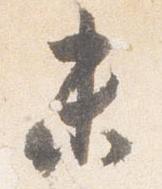
未